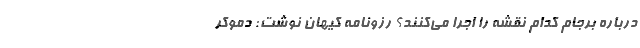
درباره برجام کدام نقشه را اجرا می‌کنند؟ رزونامه کیهان نوشت: دموکر